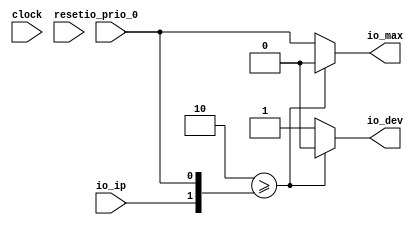
module PLICFanIn(
  input   clock,
  input   reset,
  input   io_prio_0,
  input   io_ip,
  output  io_dev,
  output  io_max
);
  wire [1:0] effectivePriority_1 = {io_ip,io_prio_0}; // @[Cat.scala 30:58]
  wire  _T = 2'h2 >= effectivePriority_1; // @[Plic.scala 345:20]
  wire [1:0] maxPri = _T ? 2'h2 : effectivePriority_1; // @[Misc.scala 34:9]
  assign io_dev = _T ? 1'h0 : 1'h1; // @[Misc.scala 34:36]
  assign io_max = maxPri[0]; // @[Plic.scala 351:10]
endmodule